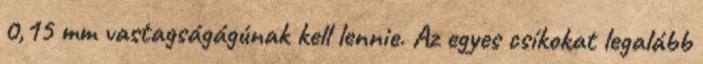
0,15 mm vastagságágúnak kell lennie. Az egyes csíkokat legalább